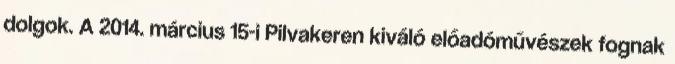
dolgok. A 2014. március 15-i Pilvakeren kiváló előadóművészek fognak